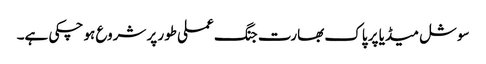
سوشل میڈیا پر پاک بھارت جنگ عملی طور پر شروع ہو چکی ہے۔